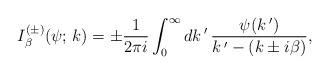
LaTeX: \begin{align*}I_\beta^{(\pm)}(\psi;\,k)=\pm \frac{1}{2\pi i}\int_0^\infty dk\,'\,\frac{\psi(k\,')}{k\,'-(k\pm i\beta)},\end{align*}